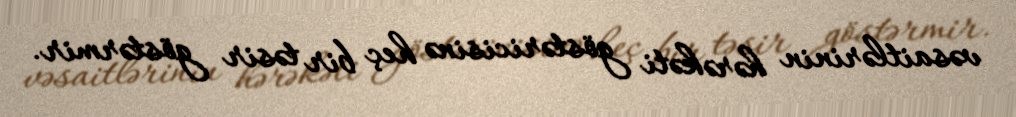
vəsaitlərinin hərəkəti göstəricisinə heç bir təsir göstərmir.